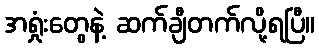
အရှုံးတွေနဲ့ ဆက်ချီတက်လို့ရပြီ။